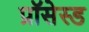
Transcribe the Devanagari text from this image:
प्रॉसेस्ड